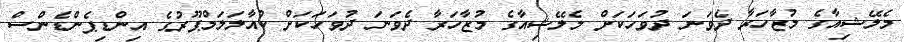
މެލޭޝިއާގެ މުޒާހަރާ ދެވަނަ ދުވަހަކަށް މެލޭޝިއާގެ މުޒާހަރާ ދެވަނަ ދުވަހަކަށް ކުއާލަލަމްޕޫރުގެ އިންޑިޕެންޑެންސް